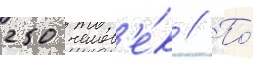
250 челов'е́к // По́